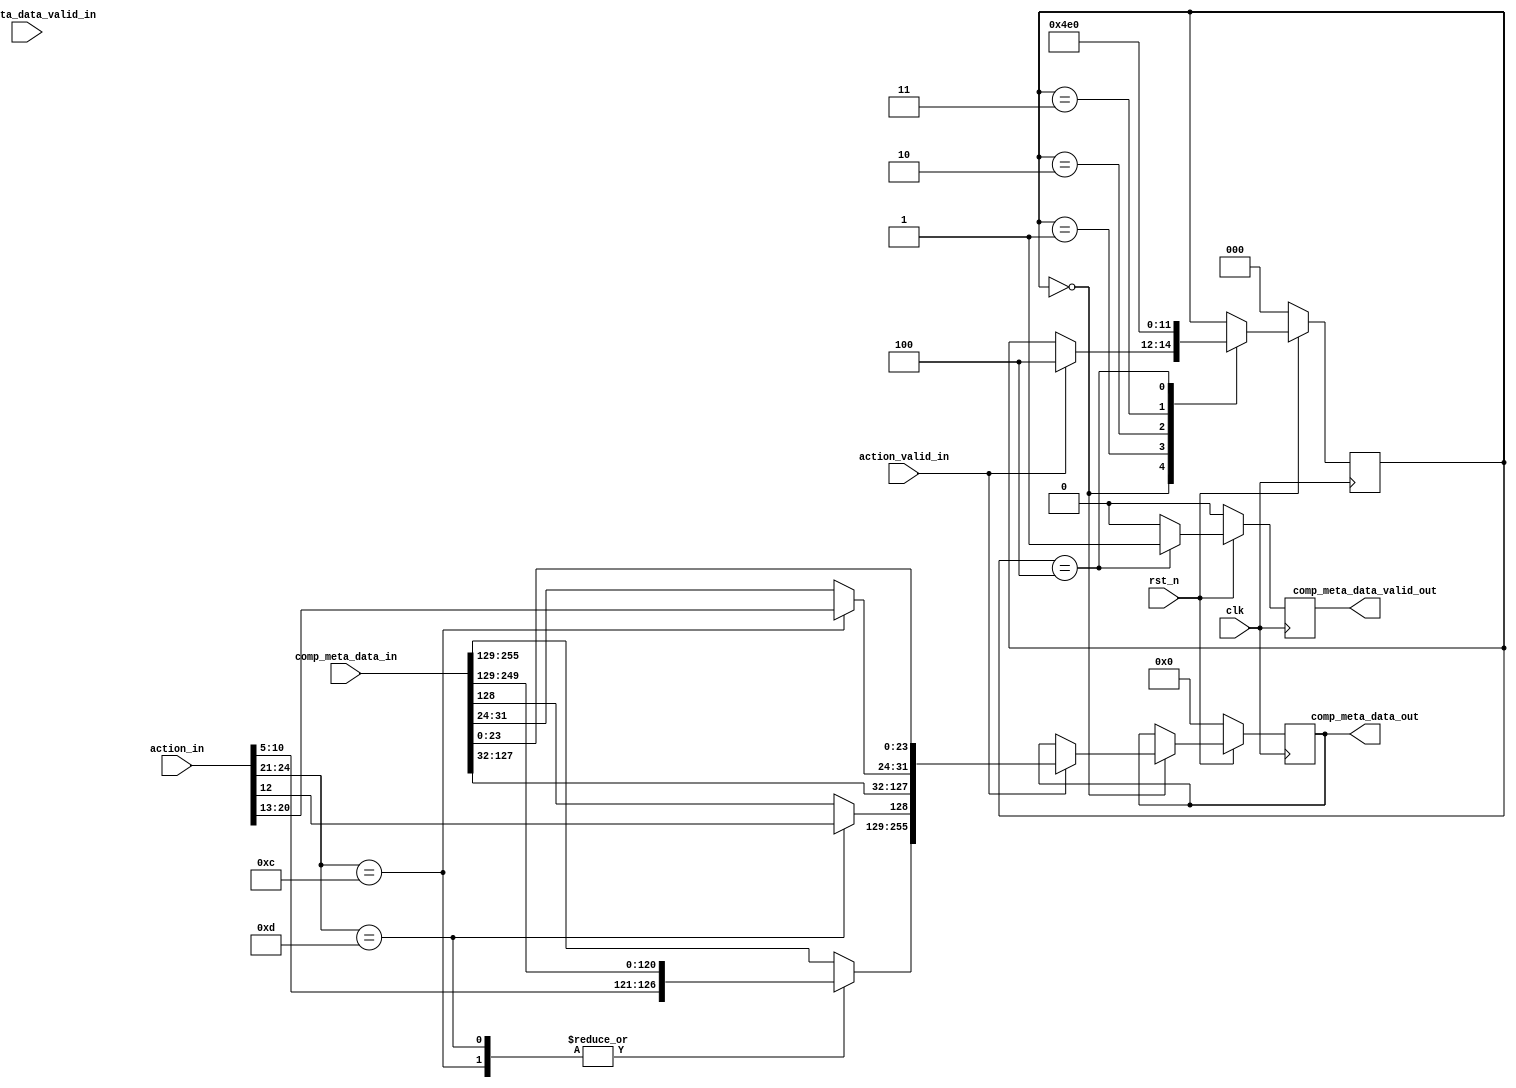
`timescale 1ns / 1ps
module alu_3 #(
    parameter STAGE_ID = 0,
    parameter ACTION_LEN = 64,
    parameter META_LEN = 256
)(
    input                               clk,
    input                               rst_n,
    //the input data shall be metadata & com_ins
    input [META_LEN-1:0]       			comp_meta_data_in,
    input                               comp_meta_data_valid_in,
    input [ACTION_LEN-1:0]              action_in,
    input                               action_valid_in,

    //output is the modified metadata plus comp_ins
    output reg [META_LEN-1:0]  			comp_meta_data_out,
    output reg                          comp_meta_data_valid_out     
);

//need delay for one cycle before the result pushed out
/*
action format:
    [24:20]: opcode;
    [19:12]: dst_port;
    [11]:    discard_flag;
    [10:5]:  next_table_id;
    [4:0]:   reserverd_bit;
*/
/*
metadata fields that are related:
    TODO: next table id is not supported yet.
    [255:250]: next_table_id;
    [249:129]: reservered for other use;
    [128]:     discard_field;
    [127:0]:   copied from NetFPGA's md;
    
*/

localparam IDLE_S=3'd0,
		   WAIT1_S=3'd1,
		   WAIT2_S=3'd2, 
		   WAIT3_S=3'd3, 
		   OUTPUT_S=3'd4;

reg [2:0]						state, state_next;
reg [META_LEN-1:0]		comp_meta_data_out_r;
reg								comp_meta_data_valid_next;

always @(*) begin
	state_next = state;
	comp_meta_data_out_r = comp_meta_data_out;
	comp_meta_data_valid_next = 0;

	case (state)
		IDLE_S: begin
			if (action_valid_in) begin
				state_next = OUTPUT_S;
		case(action_in[24:21])
            	    4'b1100: begin // dst_port
            	        comp_meta_data_out_r[255:32] = {action_in[10:5],comp_meta_data_in[249:32]};
            	        comp_meta_data_out_r[31:24]  = action_in[20:13];
            	        comp_meta_data_out_r[23:0]   = comp_meta_data_in[23:0];
            	    end
            	    4'b1101: begin // discard
            	        comp_meta_data_out_r[255:129] = {action_in[10:5],comp_meta_data_in[249:129]};
            	        comp_meta_data_out_r[128] = action_in[12];
            	        comp_meta_data_out_r[127:0] = comp_meta_data_in[127:0];
            	    end
            	    default: begin
            	        comp_meta_data_out_r = comp_meta_data_in;
            	    end
            	endcase
			end
		end
		WAIT1_S: begin
			// empty cycle
			state_next = WAIT2_S;
		end
		WAIT2_S: begin
			state_next = WAIT3_S;
		end
		WAIT3_S: begin
			state_next = OUTPUT_S;
		end
		OUTPUT_S: begin
			comp_meta_data_valid_next = 1;
			state_next = IDLE_S;
		end
	endcase
end

always @(posedge clk) begin
	if (~rst_n) begin
		comp_meta_data_out <= 0;
		comp_meta_data_valid_out <= 0;
		state <= IDLE_S;
	end
	else begin
		state <= state_next;
		comp_meta_data_out <= comp_meta_data_out_r;
		comp_meta_data_valid_out <= comp_meta_data_valid_next;
	end
end

endmodule